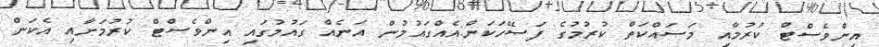
އިންވެސްޓް ކުރުމާއި މަސައްކަތް ކުރުމުގެ ފަސޭހަކަން:އެއްގައުމުން އަނެއް ގައުމުގައި އިންވެސްޓް ކުރުމަށާއި އެކަން